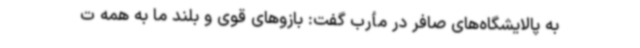
به پالایشگاه‌های صافر در مأرب گفت: بازوهای قوی و بلند ما به همه ت